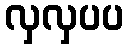
လှလှပပ